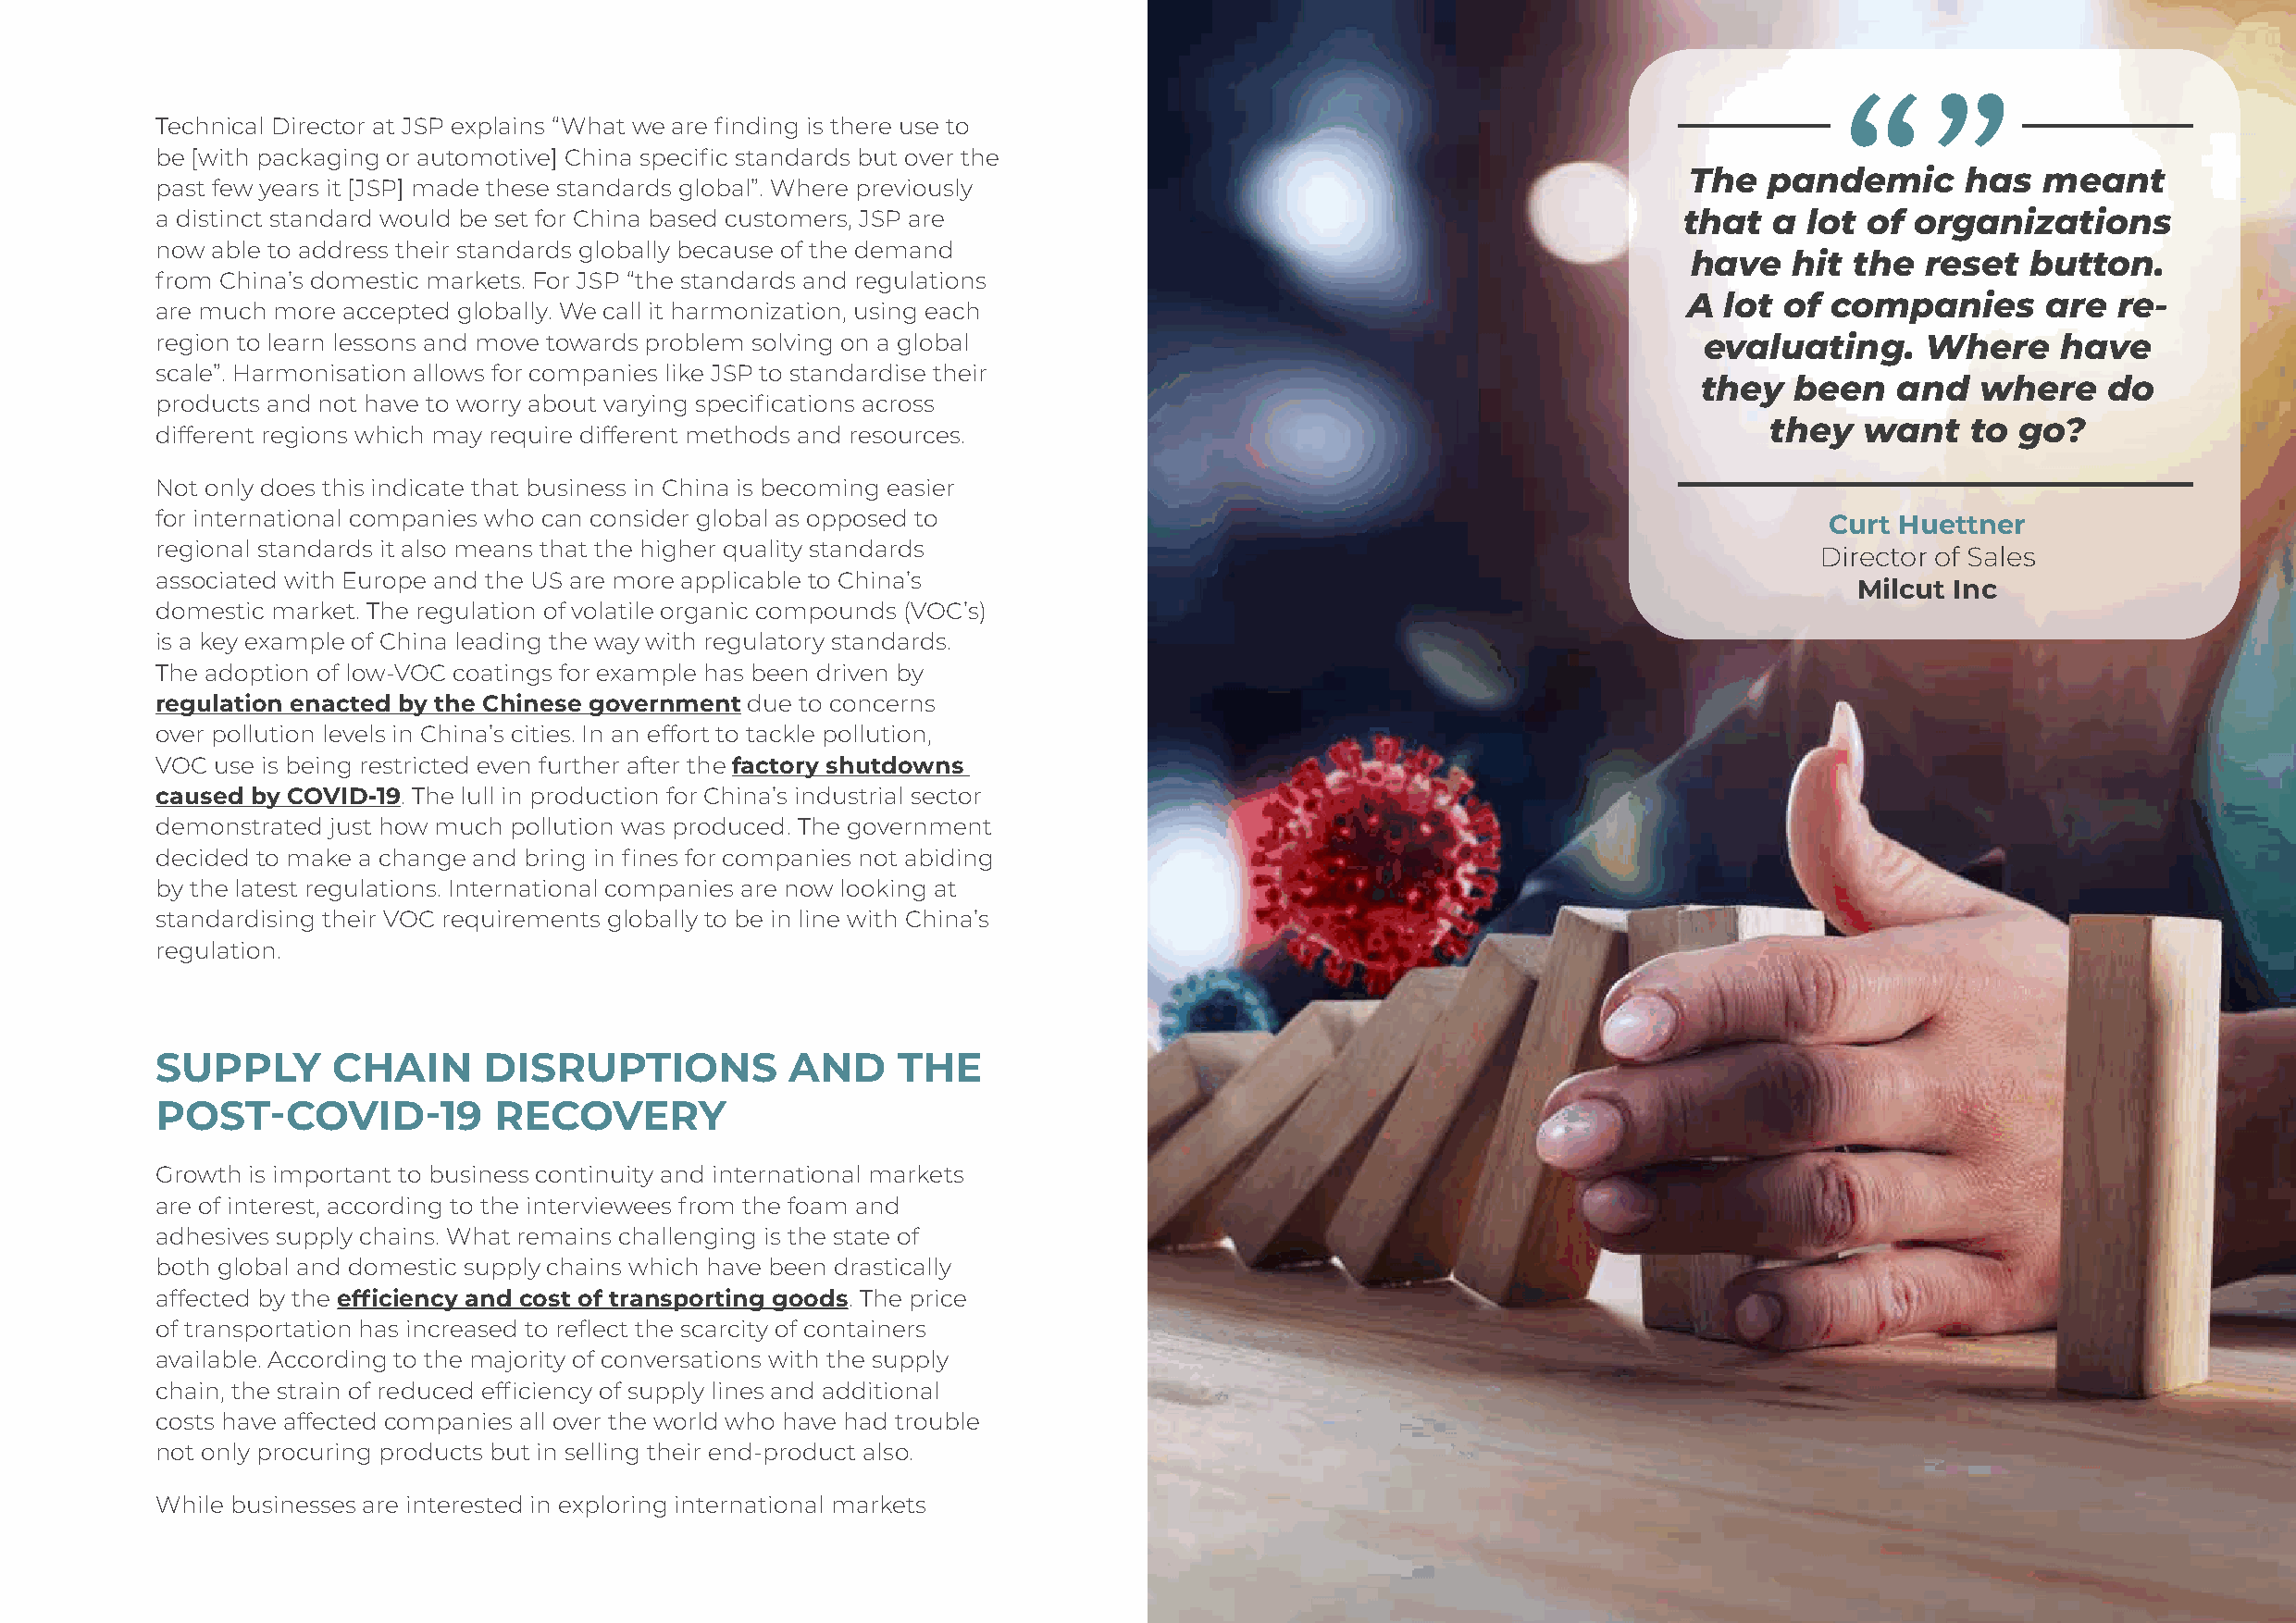
“
 “
 Technical Director at JSP explains “What we are finding is there use to
 be [with packaging or automotive] China specific standards but over the
 The  pandemic       has  meant
 past few years it [JSP] made these standards global”. Where previously
 a distinct standard would be set for China based customers, JSP are                                          that   a lot  of organizations
 now able to address their standards globally because of the demand
 have   hit  the  reset  button.
 from China’s domestic markets. For JSP “the standards and regulations
 A lot  of companies      are  re-
 are much more accepted globally. We call it harmonization, using each
 region to learn lessons and move towards problem solving on a global                                           evaluating.     Where    have
 scale”. Harmonisation allows for companies like JSP to standardise their
 they  been    and   where    do
 products and not have to worry about varying specifications across
 they  want    to go?
 different regions which may require different methods and resources.
 Not only does this indicate that business in China is becoming easier
 for international companies who can consider global as opposed to                                                       Curt Huettner
 regional standards it also means that the higher quality standards
 Director of Sales
 associated with Europe and the US are more applicable to China’s
 Milcut Inc
 domestic market. The regulation of volatile organic compounds (VOC’s)
 is a key example of China leading the way with regulatory standards.
 The adoption of low-VOC coatings for example has been driven by
 regulation enacted by the Chinese government due to concerns
 over pollution levels in China’s cities. In an effort to tackle pollution,
 VOC use is being restricted even further after the factory shutdowns
 caused by COVID-19. The lull in production for China’s industrial sector
 demonstrated just how much pollution was produced. The government
 decided to make a change and bring in fines for companies not abiding
 by the latest regulations. International companies are now looking at
 standardising their VOC requirements globally to be in line with China’s
 regulation.
 SUPPLY       CHAIN      DISRUPTIONS          AND     THE
 POST-COVID-19           RECOVERY
 Growth is important to business continuity and international markets
 are of interest, according to the interviewees from the foam and
 adhesives supply chains. What remains challenging is the state of
 both global and domestic supply chains which have been drastically
 affected by the efficiency and cost of transporting goods. The price
 of transportation has increased to reflect the scarcity of containers
 available. According to the majority of conversations with the supply
 chain, the strain of reduced efficiency of supply lines and additional
 costs have affected companies all over the world who have had trouble
 not only procuring products but in selling their end-product also.
 While businesses are interested in exploring international markets